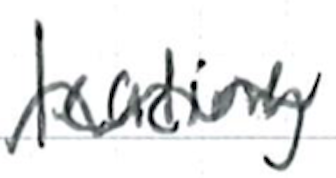
Text: leading
Cross-out: wave
Writing tool: ballpoint